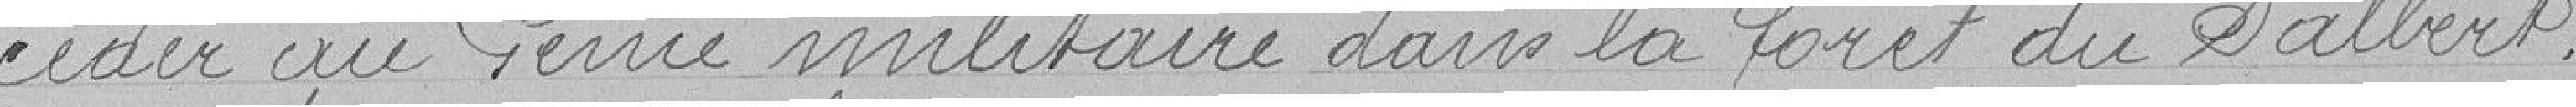
céder au Génie militaire dans la forêt du Salbert.